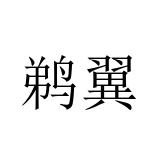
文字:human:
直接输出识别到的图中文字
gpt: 鹈翼